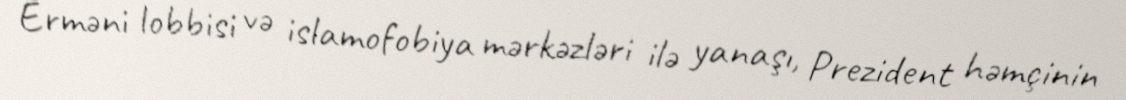
Erməni lobbisi və islamofobiya mərkəzləri ilə yanaşı, Prezident həmçinin